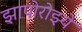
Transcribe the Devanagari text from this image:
झापोरोझ्ये